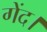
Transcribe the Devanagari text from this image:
गेंद।